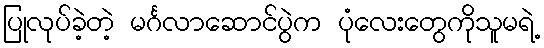
ပြုလုပ်ခဲ့တဲ့ မင်္ဂလာဆောင်ပွဲက ပုံလေးတွေကိုသူမရဲ့